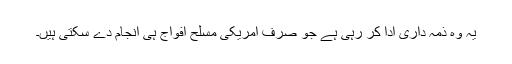
یہ وہ ذمہ داری ادا کر رہی ہے جو صرف امریکی مسلح افواج ہی انجام دے سکتی ہیں۔